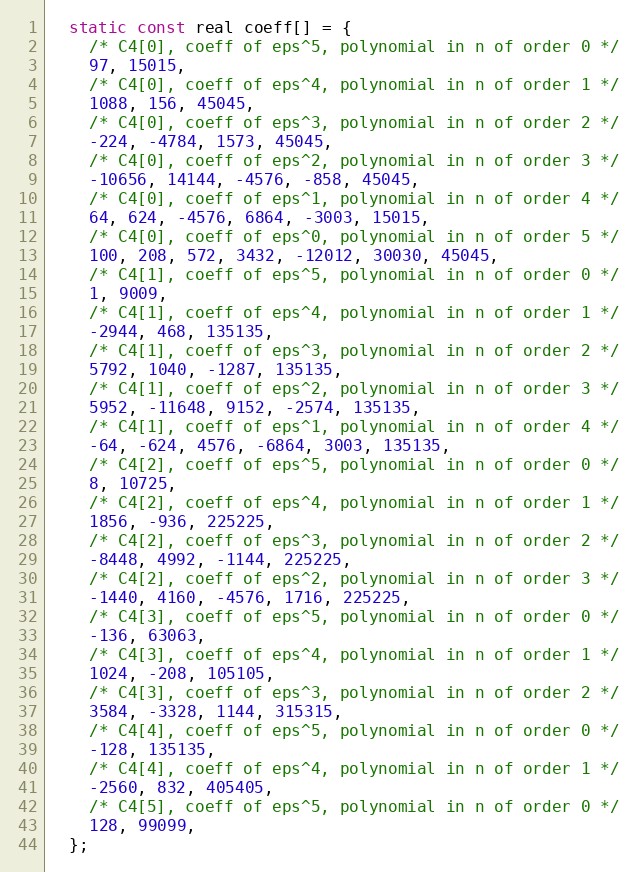
Language: C
  static const real coeff[] = {
    /* C4[0], coeff of eps^5, polynomial in n of order 0 */
    97, 15015,
    /* C4[0], coeff of eps^4, polynomial in n of order 1 */
    1088, 156, 45045,
    /* C4[0], coeff of eps^3, polynomial in n of order 2 */
    -224, -4784, 1573, 45045,
    /* C4[0], coeff of eps^2, polynomial in n of order 3 */
    -10656, 14144, -4576, -858, 45045,
    /* C4[0], coeff of eps^1, polynomial in n of order 4 */
    64, 624, -4576, 6864, -3003, 15015,
    /* C4[0], coeff of eps^0, polynomial in n of order 5 */
    100, 208, 572, 3432, -12012, 30030, 45045,
    /* C4[1], coeff of eps^5, polynomial in n of order 0 */
    1, 9009,
    /* C4[1], coeff of eps^4, polynomial in n of order 1 */
    -2944, 468, 135135,
    /* C4[1], coeff of eps^3, polynomial in n of order 2 */
    5792, 1040, -1287, 135135,
    /* C4[1], coeff of eps^2, polynomial in n of order 3 */
    5952, -11648, 9152, -2574, 135135,
    /* C4[1], coeff of eps^1, polynomial in n of order 4 */
    -64, -624, 4576, -6864, 3003, 135135,
    /* C4[2], coeff of eps^5, polynomial in n of order 0 */
    8, 10725,
    /* C4[2], coeff of eps^4, polynomial in n of order 1 */
    1856, -936, 225225,
    /* C4[2], coeff of eps^3, polynomial in n of order 2 */
    -8448, 4992, -1144, 225225,
    /* C4[2], coeff of eps^2, polynomial in n of order 3 */
    -1440, 4160, -4576, 1716, 225225,
    /* C4[3], coeff of eps^5, polynomial in n of order 0 */
    -136, 63063,
    /* C4[3], coeff of eps^4, polynomial in n of order 1 */
    1024, -208, 105105,
    /* C4[3], coeff of eps^3, polynomial in n of order 2 */
    3584, -3328, 1144, 315315,
    /* C4[4], coeff of eps^5, polynomial in n of order 0 */
    -128, 135135,
    /* C4[4], coeff of eps^4, polynomial in n of order 1 */
    -2560, 832, 405405,
    /* C4[5], coeff of eps^5, polynomial in n of order 0 */
    128, 99099,
  };